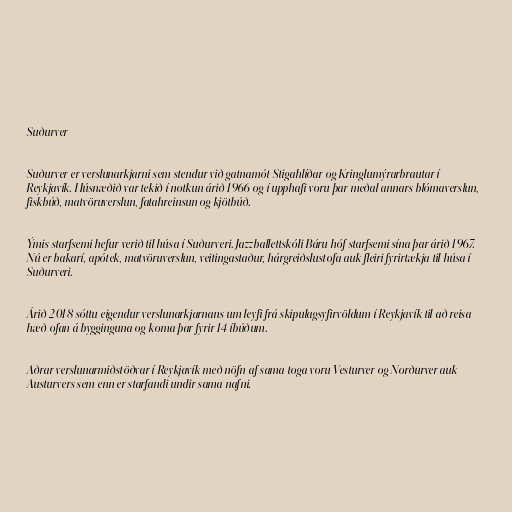
Suðurver

Suðurver er verslunarkjarni sem stendur við gatnamót Stigahlíðar og Kringlumýrarbrautar í
Reykjavík. Húsnæðið var tekið í notkun árið 1966 og í upphafi voru þar meðal annars blómaverslun,
fiskbúð, matvöruverslun, fatahreinsun og kjötbúð.

Ýmis starfsemi hefur verið til húsa í Suðurveri. Jazzballettskóli Báru hóf starfsemi sína þar árið 1967.
Nú er bakarí, apótek, matvöruverslun, veitingastaður, hárgreiðslustofa auk fleiri fyrirtækja til húsa í
Suðurveri.

Árið 2018 sóttu eigendur verslunarkjarnans um leyfi frá skipulagsyfirvöldum í Reykjavík til að reisa
hæð ofan á bygginguna og koma þar fyrir 14 íbúðum.

Aðrar verslunarmiðstöðvar í Reykjavík með nöfn af sama toga voru Vesturver og Norðurver auk
Austurvers sem enn er starfandi undir sama nafni.